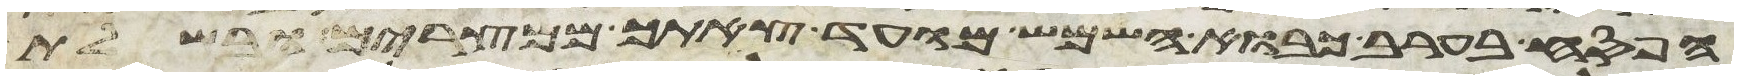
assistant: הפסח בערב כבוא השמש מועד צאתך ממצרים ובשלת